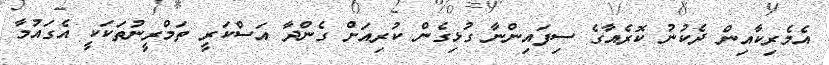
އެމެރިކާއިން ދެކުނު ކޮރެއާގެ ސިފައިންނާ ގުޅިގެން ކުރިއަށް ގެންދާ އަސްކަރީ ތަމްރީނުތަކަކީ އެގައުމާ